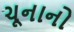
ચૂનાનો